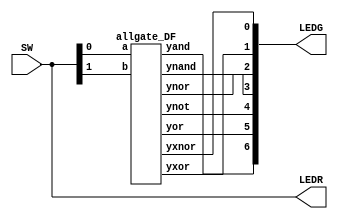
module lab1(SW,LEDG,LEDR);
	input[17:0] SW;
	output[7:0] LEDG;
	output[17:0] LEDR;
	assign LEDR=SW;
	allgate_DF DUT(.a(SW[0]),.b(SW[1]),.yand(LEDG[6]),.yor(LEDG[5]),.ynot(LEDG[4]),.ynand(LEDG[3]),.ynor(LEDG[2]),.yxor(LEDG[1]),.yxnor(LEDG[0]));
endmodule

module allgate_DF ( a, b, yand,yor,ynot,ynand,ynor,yxor,yxnor );
input a,b;
output yand, yor, ynot, ynand, ynor, yxor, yxnor;

assign yand = a & b;		// AND Operation
assign yor = a | b;		// OR Operation
assign ynot = ~a ;		// NOT Operation
assign ynand = ~(a & b);	// NAND Operation
assign ynor = ~(a | b);		//NOR Operation
assign yxor = a ^ b;		//XOR Operation
assign yxnor =~(a^b);		//XNOR Operation
endmodule				// END of the module